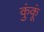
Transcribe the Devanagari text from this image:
कुंकूं